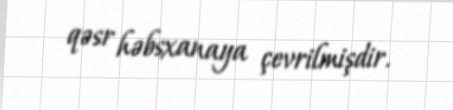
qəsr həbsxanaya çevrilmişdir.